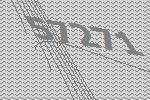
57271